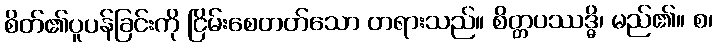
စိတ်၏ပူပန်ခြင်းကို ငြိမ်းစေတတ်သော တရားသည်။ စိတ္တပဿဒ္ဓိ၊ မည်၏။ စ၊